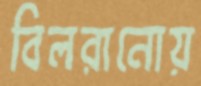
বিলরানোয়